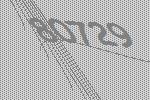
80729